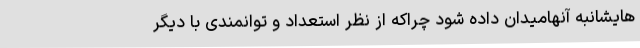
هایشانبه آنهامیدان داده شود چراکه از نظر استعداد و توانمندی با دیگر